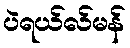
ပဲရယ်လ်မန်